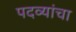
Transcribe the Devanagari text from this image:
पदव्यांचा